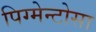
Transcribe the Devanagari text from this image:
पिग्मेन्टोसा